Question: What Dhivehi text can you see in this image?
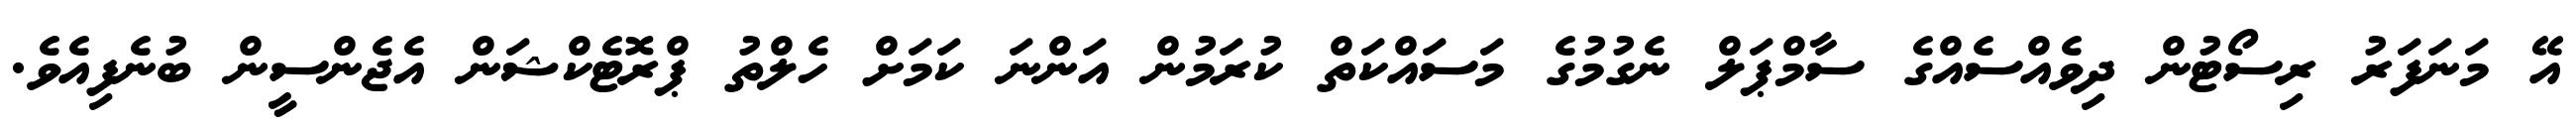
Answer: އޭ މަނަފަރު ރިސޯޓުން ދިވެއްސެއްގެ ސާމްޕަލް ނެގުމުގެ މަސައްކަތް ކުރަމުން އަންނަ ކަމަށް ހެލްތު ޕްރޮޓެކްޝަން އެޖެންސީން ބުނެފިއެވެ.